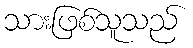
သားဖြစ်သူသည်